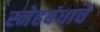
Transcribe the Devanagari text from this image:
स्नेहबंधाचे